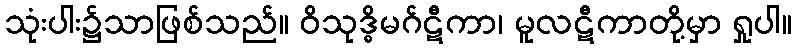
သုံးပါး၌သာဖြစ်သည်။ ဝိသုဒ္ဓိမဂ်ဋီကာ၊ မူလဋီကာတို့မှာ ရှုပါ။